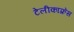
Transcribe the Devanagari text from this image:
टेलीकांफ़्रेंस